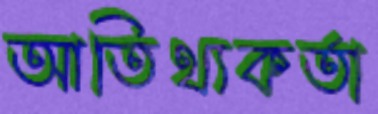
আতিথ্যকর্তা